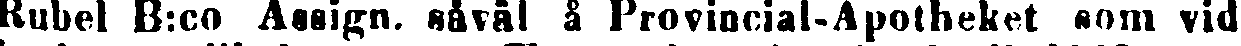
Rubel B:co Assign. såväl å Provincial-Apotheket som vid